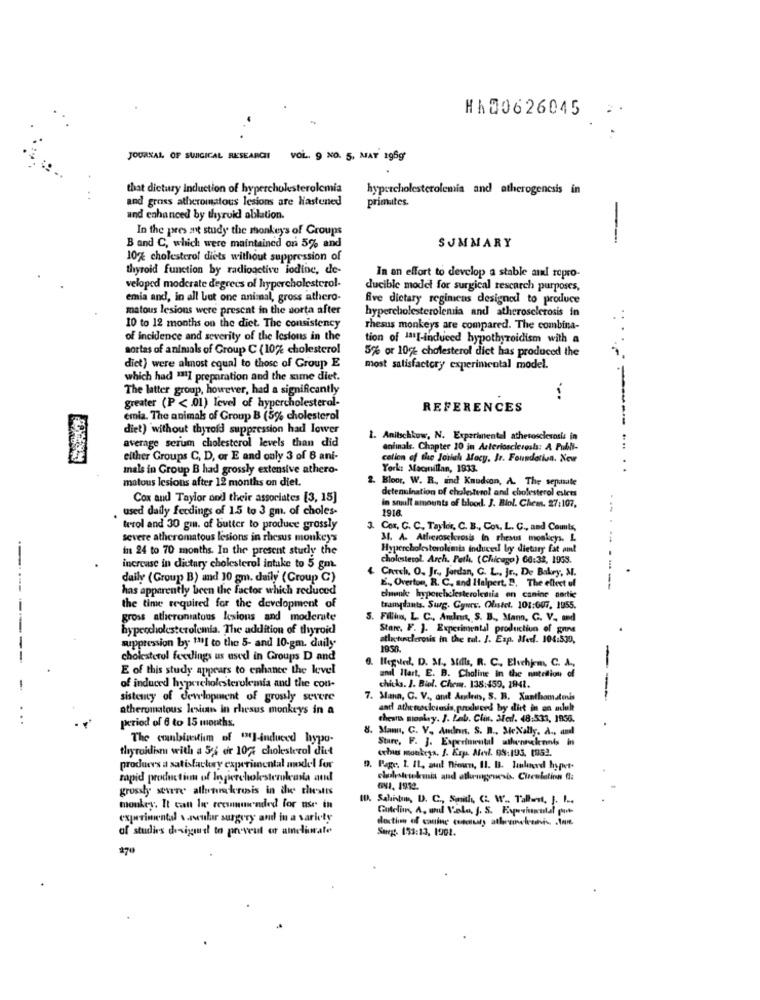
HA80626045
JOURNAL OF SWIGICAL RESEARCH
VOL. 9 NO. 5, MAY 196g'
that dietury Induction of hypercholesterolcmia
hypercholesterolemia and atherogenesis in
and gross atheromatous lesions are lastened
primates.
and enhanced by thyroid ablation.
In the pres ant study the monkeys of Groups
-
B and C, which were maintained on 5% and
SUMMARY
10% cholesterol diets without suppression of
thyroid function by radioactive lodine, de-
In an effort to develop a stable and ropro-
veloped moderate degrees of hypercholesterol-
ducible model for surgical rescarch purposes,
emia and, in all but one animal, gross athero-
five dietary regimens designed to produce
matous lesions were present in the sorta after
hypercholesterolemia and atherosclerosis in
10 to 12 months on the diet. The consistency
Thesus monkeys are compared. The combina-
of incidence and severity of the lesions in the
tion of 1ª11-induced hypothyroidism with a
sortas of animals of Group C (10% cholesterol
5% or 10% cholesterol diet has produced the
diet) were almost equal to those of Group E
most satisfactory experimental model.
which had 1311 preparation and the same diet.
The latter group, however, had a significantly
greater (P < 01) level of hypercholesterol-
REFERENCES
emia. The animals of Group B (5% cholesterol
diet) without thyroid suppression had lower
1. Anitschkow, N. Experimental atherosclerosis in
average serum cholesterol levels than did
animals. Chapter 10 in Arteriosclerosis: A Publi-
either Groups C, D, or E and only 3 of B ani-
cation of the Jonich Mocy, Jr. Foundation. New
mals in Group B had grossly extensive athero-
York: Macmillan, 1933.
matous lesions after 12 months on diet.
Bloor. W. R ., and Knudsen, A. The separate
detenuination of cholesterol and cholesterol esiers
Cox and Taylor and their associates [3, 15]
, used daily feedings of 1.5 to 3 gm. of choles-
in smult amounts of blood. J. Blol. Chem. 27:107,
1918.
"terol and 30 gin. of butter to produce grossly
3. Cox, C. C. Taylor, C. B ., Cov. L. C ., and Counts,
severe atheromatous lesions in rhesus monkeys
34. A. Atherosclerosis In rhesus monkeys. L
...
in 24 to 70 months. In the present study the
Hypercholesterolemis induced by dietary fat amt
cholesterol. Arch. Path. (Chicago) 66:32, 1953.
increase in dietary cholesterol intake to 5 gm.
& Crouch. O. Jr ., Jordan, G. L. Jr ., De Bakey, M.
daily (Group B) and 10 gm. daily' (Croup C)
has apparently been the factor which reduced
E ., Overton, R. C ., and Halpert, 2, The effect of
----
chanle hyperebelesterolemtia en canine partic
the time required for the development of
trangdants. Surg. Gyurv. Olistet. 101:607, 1955.
gross atheroniatous lesions and moderate
S. Fillin, L C ., Aulent, S. B ., Mann, C. V ., and
hypercholesterolemia. The addition of thyroid
Stare. F. J. Experimental production of gins
atleetinclerosis in the tot. I. Eap. Mer. 104:530,
suppression by 1111 to the 5- and 10-gm. duily
--
cholesterol feelings us used in Groups D and
E of this study appears to enhance the level
6. Iligsind, D. M ., Stdis, R. C. Elvehjem, C. A.
anil Hart, E. B. Choline in the nutelion of
-
of induced hypercholesterolemia and the con-
chicks. J. Biol. Chem. 138:459, 1941.
sistemcy of development of grosly severe
7. Mann, C. V ., and Areas, S. B. Xanthomatenis
---
atheromatous lesiu in rhesus monkeys in a
and athetescictesis, produced by diet in an adult
...
chest moskvy. J. Lab. Clin. Med. 48:533, 1950.
period of 6 to 15 months.
8. Mam, C. V ., Aminn. S. B ., MeNally. A ., and
The combinedim of "]-induced hypo-
Stare, F. J. Experimental athenselements in
thyroidism with a 5'i or 102: cholesterol diet
cchies monkeys, J. Erp. Mel. 98:193. 1952.
produce's a satisfactory experimental model for
D. Page. I. IL, and Brown, Il. B. Juulused hypet.
rapid production of Inpercholesterolusia and
cllesteselmia and athumgenesis. Circulation fl:
grossly severe alletrackerosis in the thesis
ID. Sahibi, D. C ., Smith, C. W .. Tallent, [. ...
monkey. It can lie recommended for use in
experimental v.rweulur surgery and in a variety
doction of canine cutesaty athreeleunis. . Inn.
of studies desigual to prevent or ameliorate
Suregt. 153:13, 1001.
270